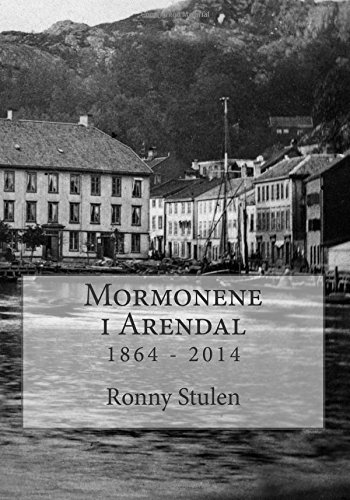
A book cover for Mormonene i Arendal 1864 - 2014: Arendal gren 150 Ã¥r (Norwegian Edition); Ronny Stulen; Religion & Spirituality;